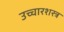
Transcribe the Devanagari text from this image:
उच्चारशस्त्र